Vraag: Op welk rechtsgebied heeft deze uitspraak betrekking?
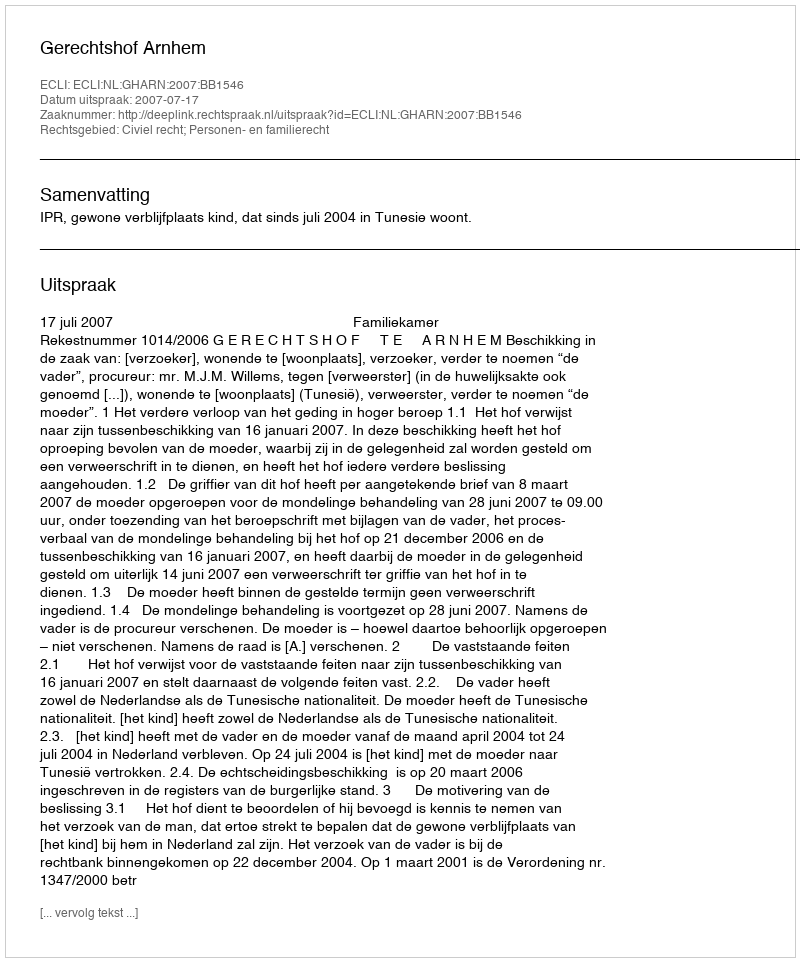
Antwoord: Civiel recht; Personen- en familierecht